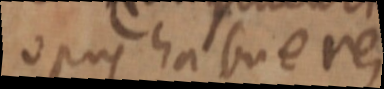
opus habueres